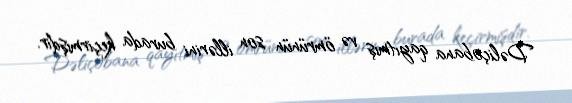
Dəliçobana qayıtmış və ömrünün son illərini burada keçirmişdir.